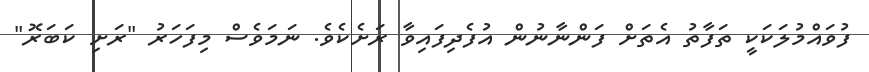
ފުވައްމުލަކަކީ ތަފާތު އެތަށް ފަންނާނުން އުފެދިފައިވާ ރަށެކެވެ. ނަމަވެސް މިފަހަރު "ރަށި ކަބަރޮ"